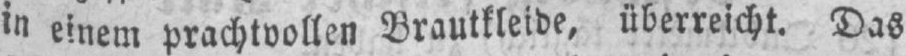
in einem prachtvollen Brautkleide, überreicht. Das